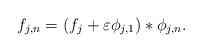
LaTeX: \begin{align*} f_{j,n} = (f_j + \varepsilon \phi_{j,1}) \ast \phi_{j,n}.\end{align*}